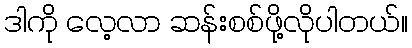
ဒါကို လေ့လာ ဆန်းစစ်ဖို့လိုပါတယ်။